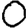
Digit: 0